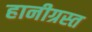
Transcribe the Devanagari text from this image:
हानीग्रस्त